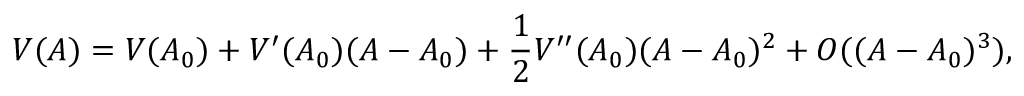
V ( A ) = V ( A _ { 0 } ) + V ^ { \prime } ( A _ { 0 } ) ( A - A _ { 0 } ) + \frac { 1 } { 2 } V ^ { \prime \prime } ( A _ { 0 } ) ( A - A _ { 0 } ) ^ { 2 } + { \cal O } ( ( A - A _ { 0 } ) ^ { 3 } ) ,